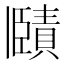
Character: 𧷤